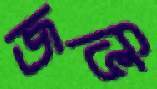
জভি